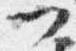
門